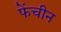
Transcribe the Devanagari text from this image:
फेंचीन